Civil Veterinary Department. United Provinces 1923-31 - 1923-1931
Year: 1923
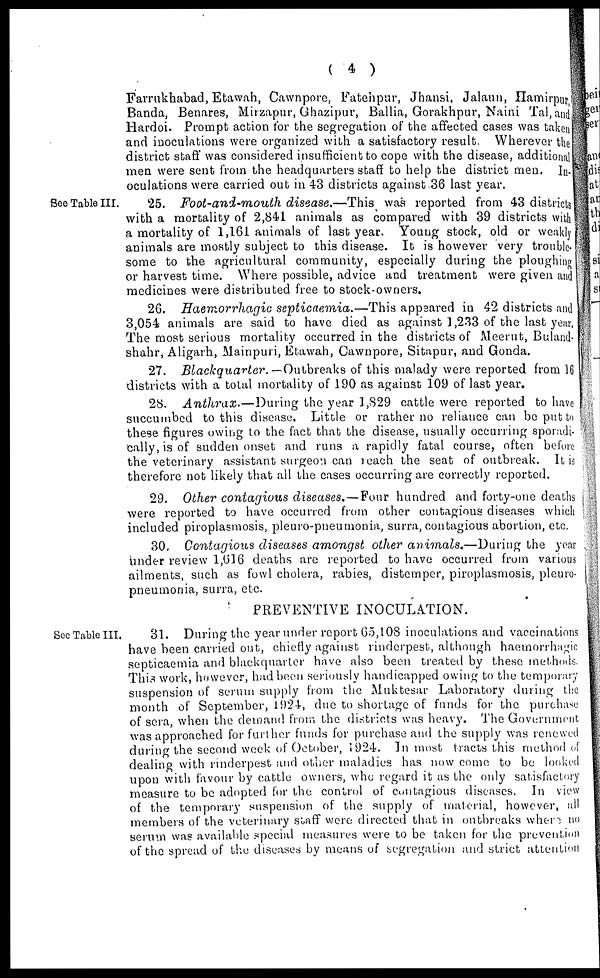
( 4 )
Farrukhabad, Etawah, Cawnpore, Fatehpur, Jhansi, Jalaun, Hamirpur,
Banda, Benares, Mirzapur, Ghazipur, Ballia, Gorakhpur, Naini Tal, and
Hardoi. Prompt action for the segregation of the affected cases was taken
and inoculations were organized with a satisfactory result. Wherever the
district staff was considered insufficient to cope with the disease, additional
men were sent from the headquarters staff to help the district men. In-
oculations were carried out in 43 districts against 36 last year.
See Table III.
25. Foot-and-mouth
disease.—This
was reported from 43 districts
with a mortality of 2,841 animals as compared with 39 districts with
a mortality of 1,161 animals of last year. Young stock, old or weakly
animals are mostly subject to this disease. It is however very trouble-
some to the agricultural community, especially during the ploughing
or harvest time. Where possible, advice and treatment were given and
medicines were distributed free to stock-owners.
26. Haemorrhagic septicaemia.—This
appeared in 42 districts and
3,054 animals are said to have died as against 1,233 of the last year,
The most serious mortality occurred in the districts of Meerut, Buland-
shahr, Aligarh, Mainpuri, Etawah, Cawnpore, Sitapur, and Gonda.
27. Blackquarter.
—Outbreaks of this malady were reported from 16
districts with a total mortality of 190 as against 109 of last year.
28. Anthrax.—During
the year 1,829 cattle were reported to have
succumbed to this disease. Little or rather no reliance can be put to
these figures owing to the fact that the disease, usually occurring sporadi-
cally, is of sudden onset and runs a rapidly fatal course, often before
the veterinary assistant surgeon can reach the seat of outbreak. It is
therefore not likely that all the cases occurring are correctly reported.
29. Other contagious diseases.—Four
hundred and forty-one deaths
were reported to have occurred from other contagious diseases which
included piroplasmosis, pleuro-pneumonia, surra, contagious abortion, etc.
30. Contagious diseases amongst other animals.—During
the year
under review 1,616 deaths are reported to have occurred from various
ailments, such as fowl cholera, rabies, distemper, piroplasmosis, pleuro-
pneumonia, surra, etc.
PREVENTIVE INOCULATION.
See Table III.
31. During the year under report 65,108 inoculations and vaccinations
have been carried out, chiefly against rinderpest, although haemorrhagic
septicaemia and blackquarter have also been treated by these methods.
This work, however, had been seriously handicapped owing to the temporary
suspension of serum supply from the Muktesar Laboratory during the
month of September, 1924, due to shortage of funds for the purchase
of sera, when the demand from the districts was heavy. The Government
was approached for further funds for purchase and the supply was renewed
during the second week of October, 1924. In most tracts this method of
dealing with rinderpest and other maladies has now come to be looked
upon with favour by cattle owners, who regard it as the only satisfactory
measure to be adopted for the control of contagious diseases. In view
of the temporary suspension of the supply of material, however, all
members of the veterinary staff were directed that in outbreaks where no
serum was available special measures were to be taken for the prevention
of the spread of the diseases by means of segregation and strict attention